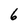
Character: 6